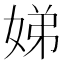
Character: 娣